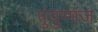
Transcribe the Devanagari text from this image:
पुंयुग्मज